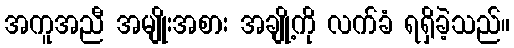
အကူအညီ အမျိုးအစား အချို့ကို လက်ခံ ရရှိခဲ့သည်။